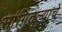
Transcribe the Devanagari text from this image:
सांगितल्याचे